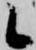
候